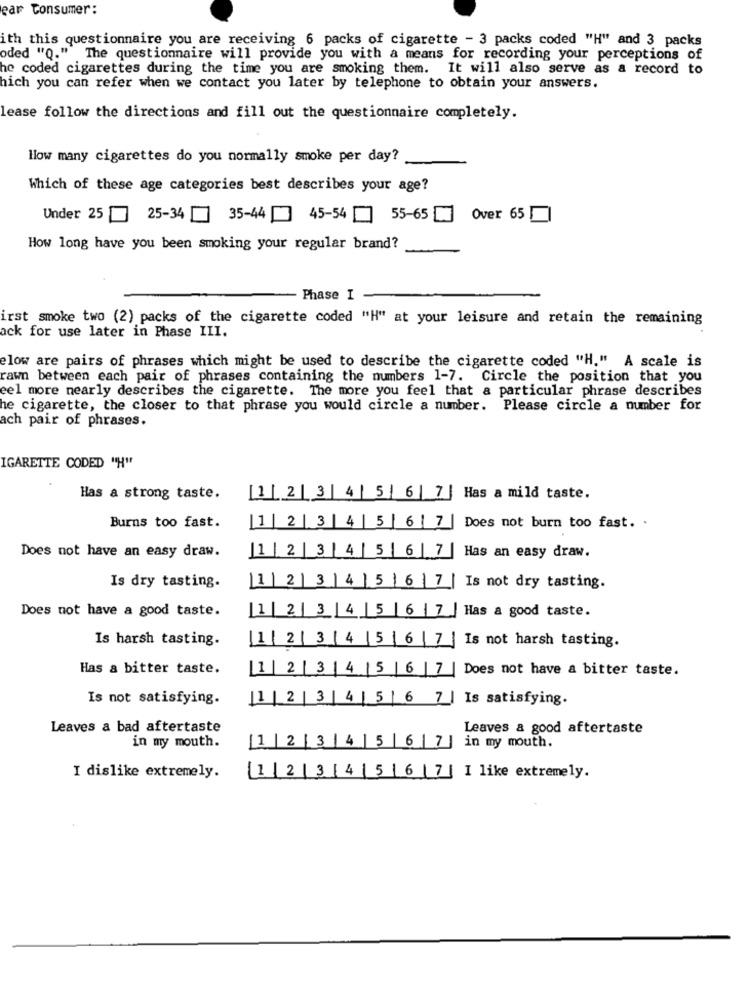
ear Consumer:
ith this questionnaire you are receiving 6 packs of cigarette - 3 packs coded "H" and 3 packs
oded "Q.""
The questionnaire will provide you with a means for recording your perceptions of
he coded cigarettes during the time you are smoking them.
It will also serve as a record to
hich you can refer when we contact you later by telephone to obtain your answers.
lease follow the directions and fill out the questionnaire completely.
How many cigarettes do you normally smoke per day?
Which of these age categories best describes your age?
Under 25
25-34 [ 35-44 45-54 55-65
Over 65
How long have you been smoking your regular brand?
Phase I
irst smoke two (2) packs of the cigarette coded "H" at your leisure and retain the remaining
ack for use later in Phase III.
elow are pairs of phrases which might be used to describe the cigarette coded "H." A scale is
rawn between each pair of phrases containing the numbers 1-7. Circle the position that you
eel more nearly describes the cigarette. The more you feel that a particular phrase describes
he cigarette, the closer to that phrase you would circle a number. Please circle a number for
ach pair of phrases.
IGARETTE CODED "H"
Has a strong taste.
[1| 2| 3 | 4 | 5| 6 | 7| Has a mild taste.
Burns too fast.
1|2 3 4 5 6 7
Does not burn too fast. .
7 | Has an easy draw.
Does not have an easy draw.
|1| 2| 3 4 5 6 7
Is dry tasting.
(12 3 4 5 6 7/
Is not dry tasting.
Does not have a good taste.
1234567/
Has a good taste.
Is harsh tasting.
11 2 3 4 5 6 7 Is not harsh tasting.
Has a bitter taste.
1 |2 |3 |4 |5 |6 |7
Does not have a bitter taste.
Is not satisfying.
[1 | 2 | 3 | 4 | 5 | 6 7 | Is satisfying.
Leaves a bad aftertaste
Leaves a good aftertaste
in my mouth.
[1 | 2 | 3 |4 |5 |6 | 7 ] in my mouth.
I dislike extremely.
1234 567 I like extremely.